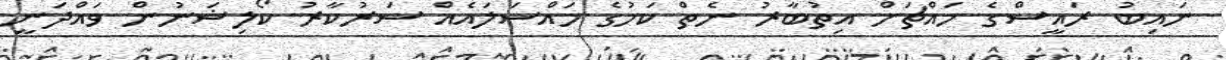
ނައިބު ރައީސްގެ މައްޗަށް އިތުބާރު ނެތް ކަމުގެ މައްސަލައެއް ސަރުކާރު ކޯލިޝަނުން ވައްދަނީ